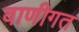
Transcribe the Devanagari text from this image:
वाणीगत